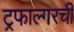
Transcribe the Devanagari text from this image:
ट्रफाल्गरची